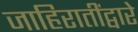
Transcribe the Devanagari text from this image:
जाहिरातींद्वारे